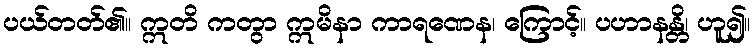
ပယ်တတ်၏။ ဣတိ ကတွာ ဣမိနာ ကာရဏေန၊ ကြောင့်။ ပဟာနန္တိ၊ ဟူ၍။